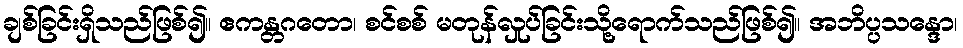
ချစ်ခြင်းရှိသည်ဖြစ်၍။ ဧကန္တဂတော၊ စင်စစ် မတုန်လှုပ်ခြင်းသို့ရောက်သည်ဖြစ်၍။ အဘိပ္ပသန္ဒော၊